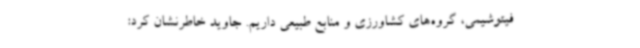
فیتوشیمی، گروه‌های کشاورزی و منابع طبیعی داریم. جاوید خاطرنشان کرد: